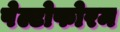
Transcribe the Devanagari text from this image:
पेल्टोफोरम